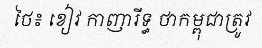
ថៃ៖ ខៀវ កាញារីទ្ធ ថាកម្ពុជាត្រូវ